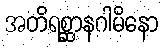
အတိရစ္ဆာနဂါမိနော